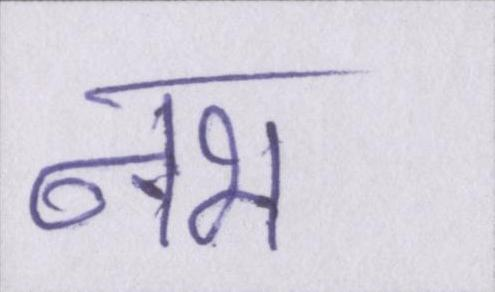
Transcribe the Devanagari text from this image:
नभ